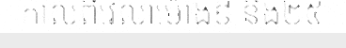
កាលពីវេលាម៉ោង៩ និង២៥